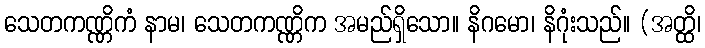
သေတကဏ္ဏိကံ နာမ၊ သေတကဏ္ဏိက အမည်ရှိသော။ နိဂမော၊ နိဂုံးသည်။ (အတ္ထိ၊